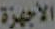
الأجهزة